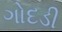
ગોદડી